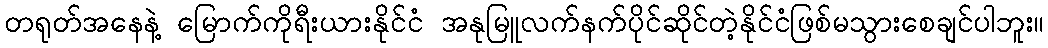
တရုတ်အနေနဲ့ မြောက်ကိုရီးယားနိုင်ငံ အနုမြူလက်နက်ပိုင်ဆိုင်တဲ့နိုင်ငံဖြစ်မသွားစေချင်ပါဘူး။